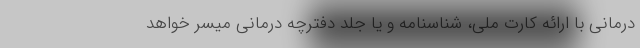
درمانی با ارائه کارت ملی، شناسنامه و یا جلد دفترچه درمانی میسر خواهد